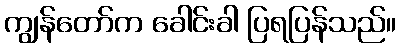
ကျွန်တော်က ခေါင်းခါ ပြရပြန်သည်။